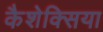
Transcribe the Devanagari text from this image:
कैशेक्सिया